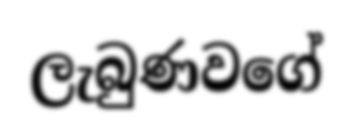
ලැබුණවගේ